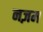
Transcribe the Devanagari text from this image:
नज़म